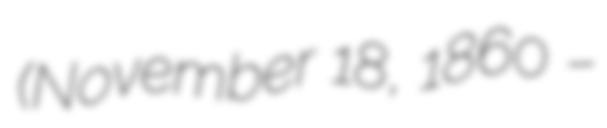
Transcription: (November 18, 1860 –